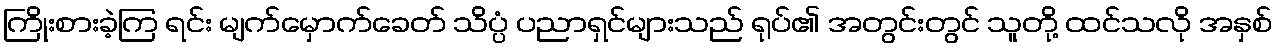
ကြိုးစားခဲ့ကြ ရင်း မျက်မှောက်ခေတ် သိပ္ပံ ပညာရှင်များသည် ရုပ်၏ အတွင်းတွင် သူတို့ ထင်သလို အနှစ်